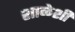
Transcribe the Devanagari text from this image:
शाळेशी